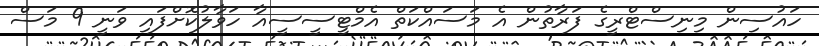
ހައުސިން މިނިސްޓްރީގެ ފަރާތުން އެ މަސައްކަތް އެމްޓީސީސީއާ ހަވާލުކޮށްފައި ވަނީ 9 މަސް